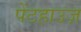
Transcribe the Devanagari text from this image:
पेंटहाउज़